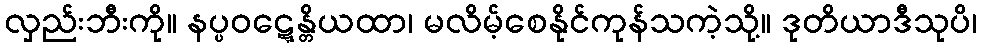
လှည်းဘီးကို။ နပ္ပဝဋ္ဋေန္တိယထာ၊ မလိမ့်စေနိုင်ကုန်သကဲ့သို့။ ဒုတိယာဒီသုပိ၊